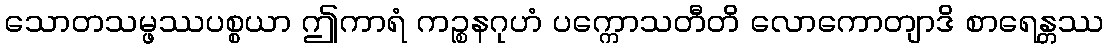
သောတသမ္ဖဿပစ္စယာ ဤကာရံ ကဉ္စနဂုဟံ ပက္ကောသတီတိ လောကောတျာဒိ စာရေန္တဿ